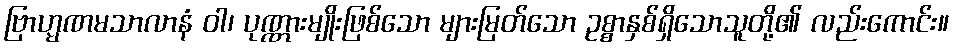
ဗြာဟ္မဏမသာလာနံ ဝါ၊ ပုဏ္ဏားမျိုးဖြစ်သော များမြတ်သော ဥစ္စာနှစ်ရှိသောသူတို့၏ လည်းကောင်း။